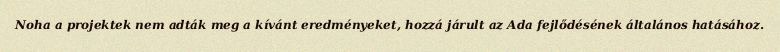
Noha a projektek nem adták meg a kívánt eredményeket, hozzá járult az Ada fejlődésének általános hatásához.